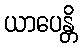
ယာပေန္တိ